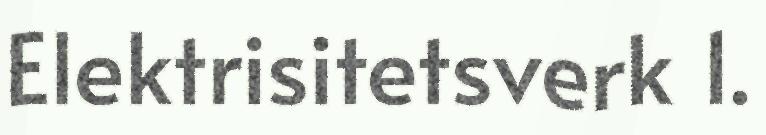
Elektrisitetsverk 1.